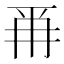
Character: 𭁣